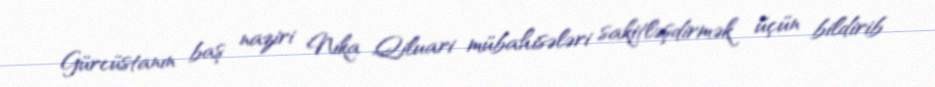
Gürcüstanın baş naziri Nika Qiluari mübahisələri sakitləşdirmək üçün bildirib